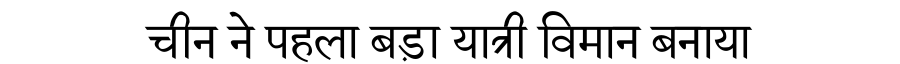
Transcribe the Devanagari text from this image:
चीन ने पहला बड़ा यात्री विमान बनाया